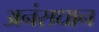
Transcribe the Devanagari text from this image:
अनंसधान